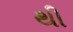
થી